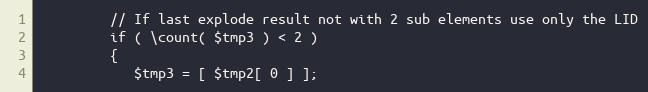
Language: PHP
         // If last explode result not with 2 sub elements use only the LID
         if ( \count( $tmp3 ) < 2 )
         {
            $tmp3 = [ $tmp2[ 0 ] ];